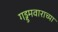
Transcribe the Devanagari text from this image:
गड्डमवाराच्या